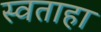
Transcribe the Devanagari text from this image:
स्वताहा